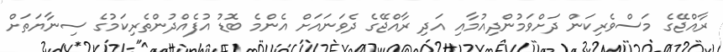
ރާއްޖޭގެ މަސްވެރިކަން ދަށްވަމުންދިއުމާއި އަދި ރާއްޖޭގެ ދެވަނައަށް އެންމެ ބޮޑު އުފެއްދުންތެރިކަމުގެ ސިނާޔަތަށް